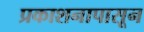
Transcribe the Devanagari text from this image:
प्रकाशनापासून